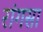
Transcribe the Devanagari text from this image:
रांगसा